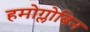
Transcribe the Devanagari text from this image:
हमोग्लोबिन